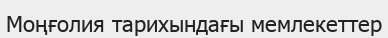
Моңғолия тарихындағы мемлекеттер